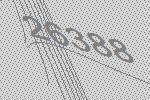
26388